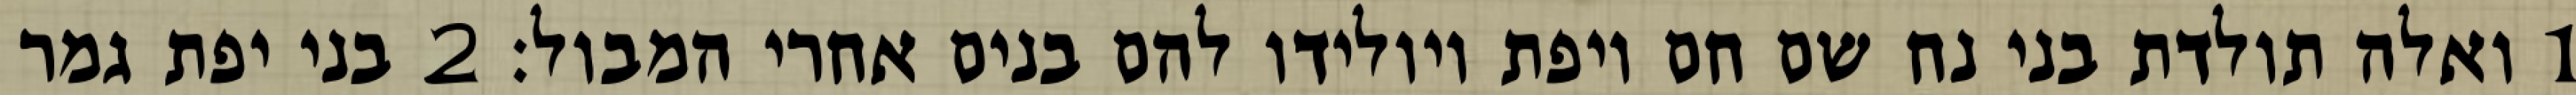
1 ואלה תולדת בני נח שם חם ויפת ויולידו להם בנים אחרי המבול׃ ‎2‏ בני יפת גמר